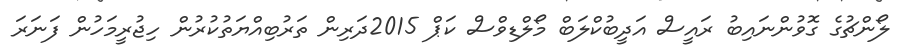
ލޯންޗުގެ ގޮވުންނައިބު ރައީސް އަދީބުކްލަބް މޯލްޑިވްސް ކަޕް 2015ދަރިން ތަރުބިއްޔަތުކުރުން ހިޖުރީމަހުން ފަނަރަ